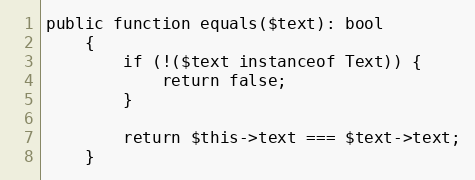
Language: PHP
public function equals($text): bool
    {
        if (!($text instanceof Text)) {
            return false;
        }

        return $this->text === $text->text;
    }